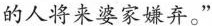
的人将来汉家嫌弃。”